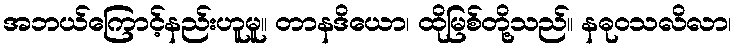
အဘယ်ကြောင့်နည်းဟူမူ။ တာနဒိယော၊ ထိုမြစ်တို့သည်။ နဓုဝသလိလာ၊